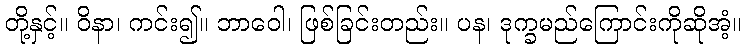
တို့နှင့်။ ဝိနာ၊ ကင်း၍။ ဘာဝေါ၊ ဖြစ်ခြင်းတည်း။ ပန၊ ဒုက္ခမည်ကြောင်းကိုဆိုအံ့။